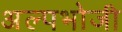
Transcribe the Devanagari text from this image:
अल्पभोजी